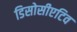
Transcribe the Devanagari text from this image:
डिसोसीएटिव